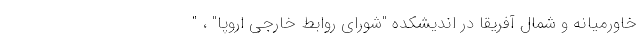
خاورمیانه و شمال آفریقا در اندیشکده "شورای روابط خارجی اروپا" ، "